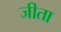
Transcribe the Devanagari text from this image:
जीता